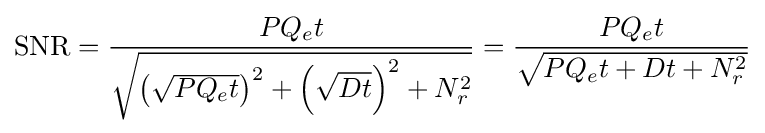
\mathrm {SNR} ={\frac {PQ_{e}t}{\sqrt {\left({\sqrt {PQ_{e}t}}\right)^{2}+\left({\sqrt {Dt}}\right)^{2}+N_{r}^{2}}}}={\frac {PQ_{e}t}{\sqrt {PQ_{e}t+Dt+N_{r}^{2}}}}